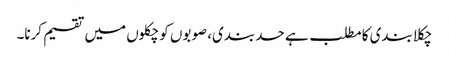
چکلا بندی کا مطلب ہے حد بندی، صوبوں کو چکلوں میں تقسیم کرنا۔